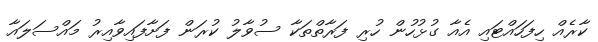
ކާރެއް ހިފަހައްޓައި އެއާ ގުޅުހުން ހުރި ފަރާތްތަކާ ސުވާލު ކުރަން ފަށާފައިވާއިރު މައްސަލައާ